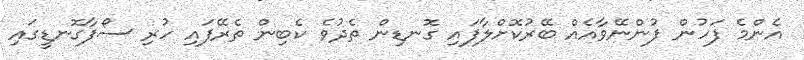
އެންމެ ފަހުން ފުންނޭވާއެއް ބޭރުކޮށްލާފައި ގޮނޑިން ތެދުވެ ކެބިން ތެރޭފައި ހުރި ސޯފާގޮނޑީގައި